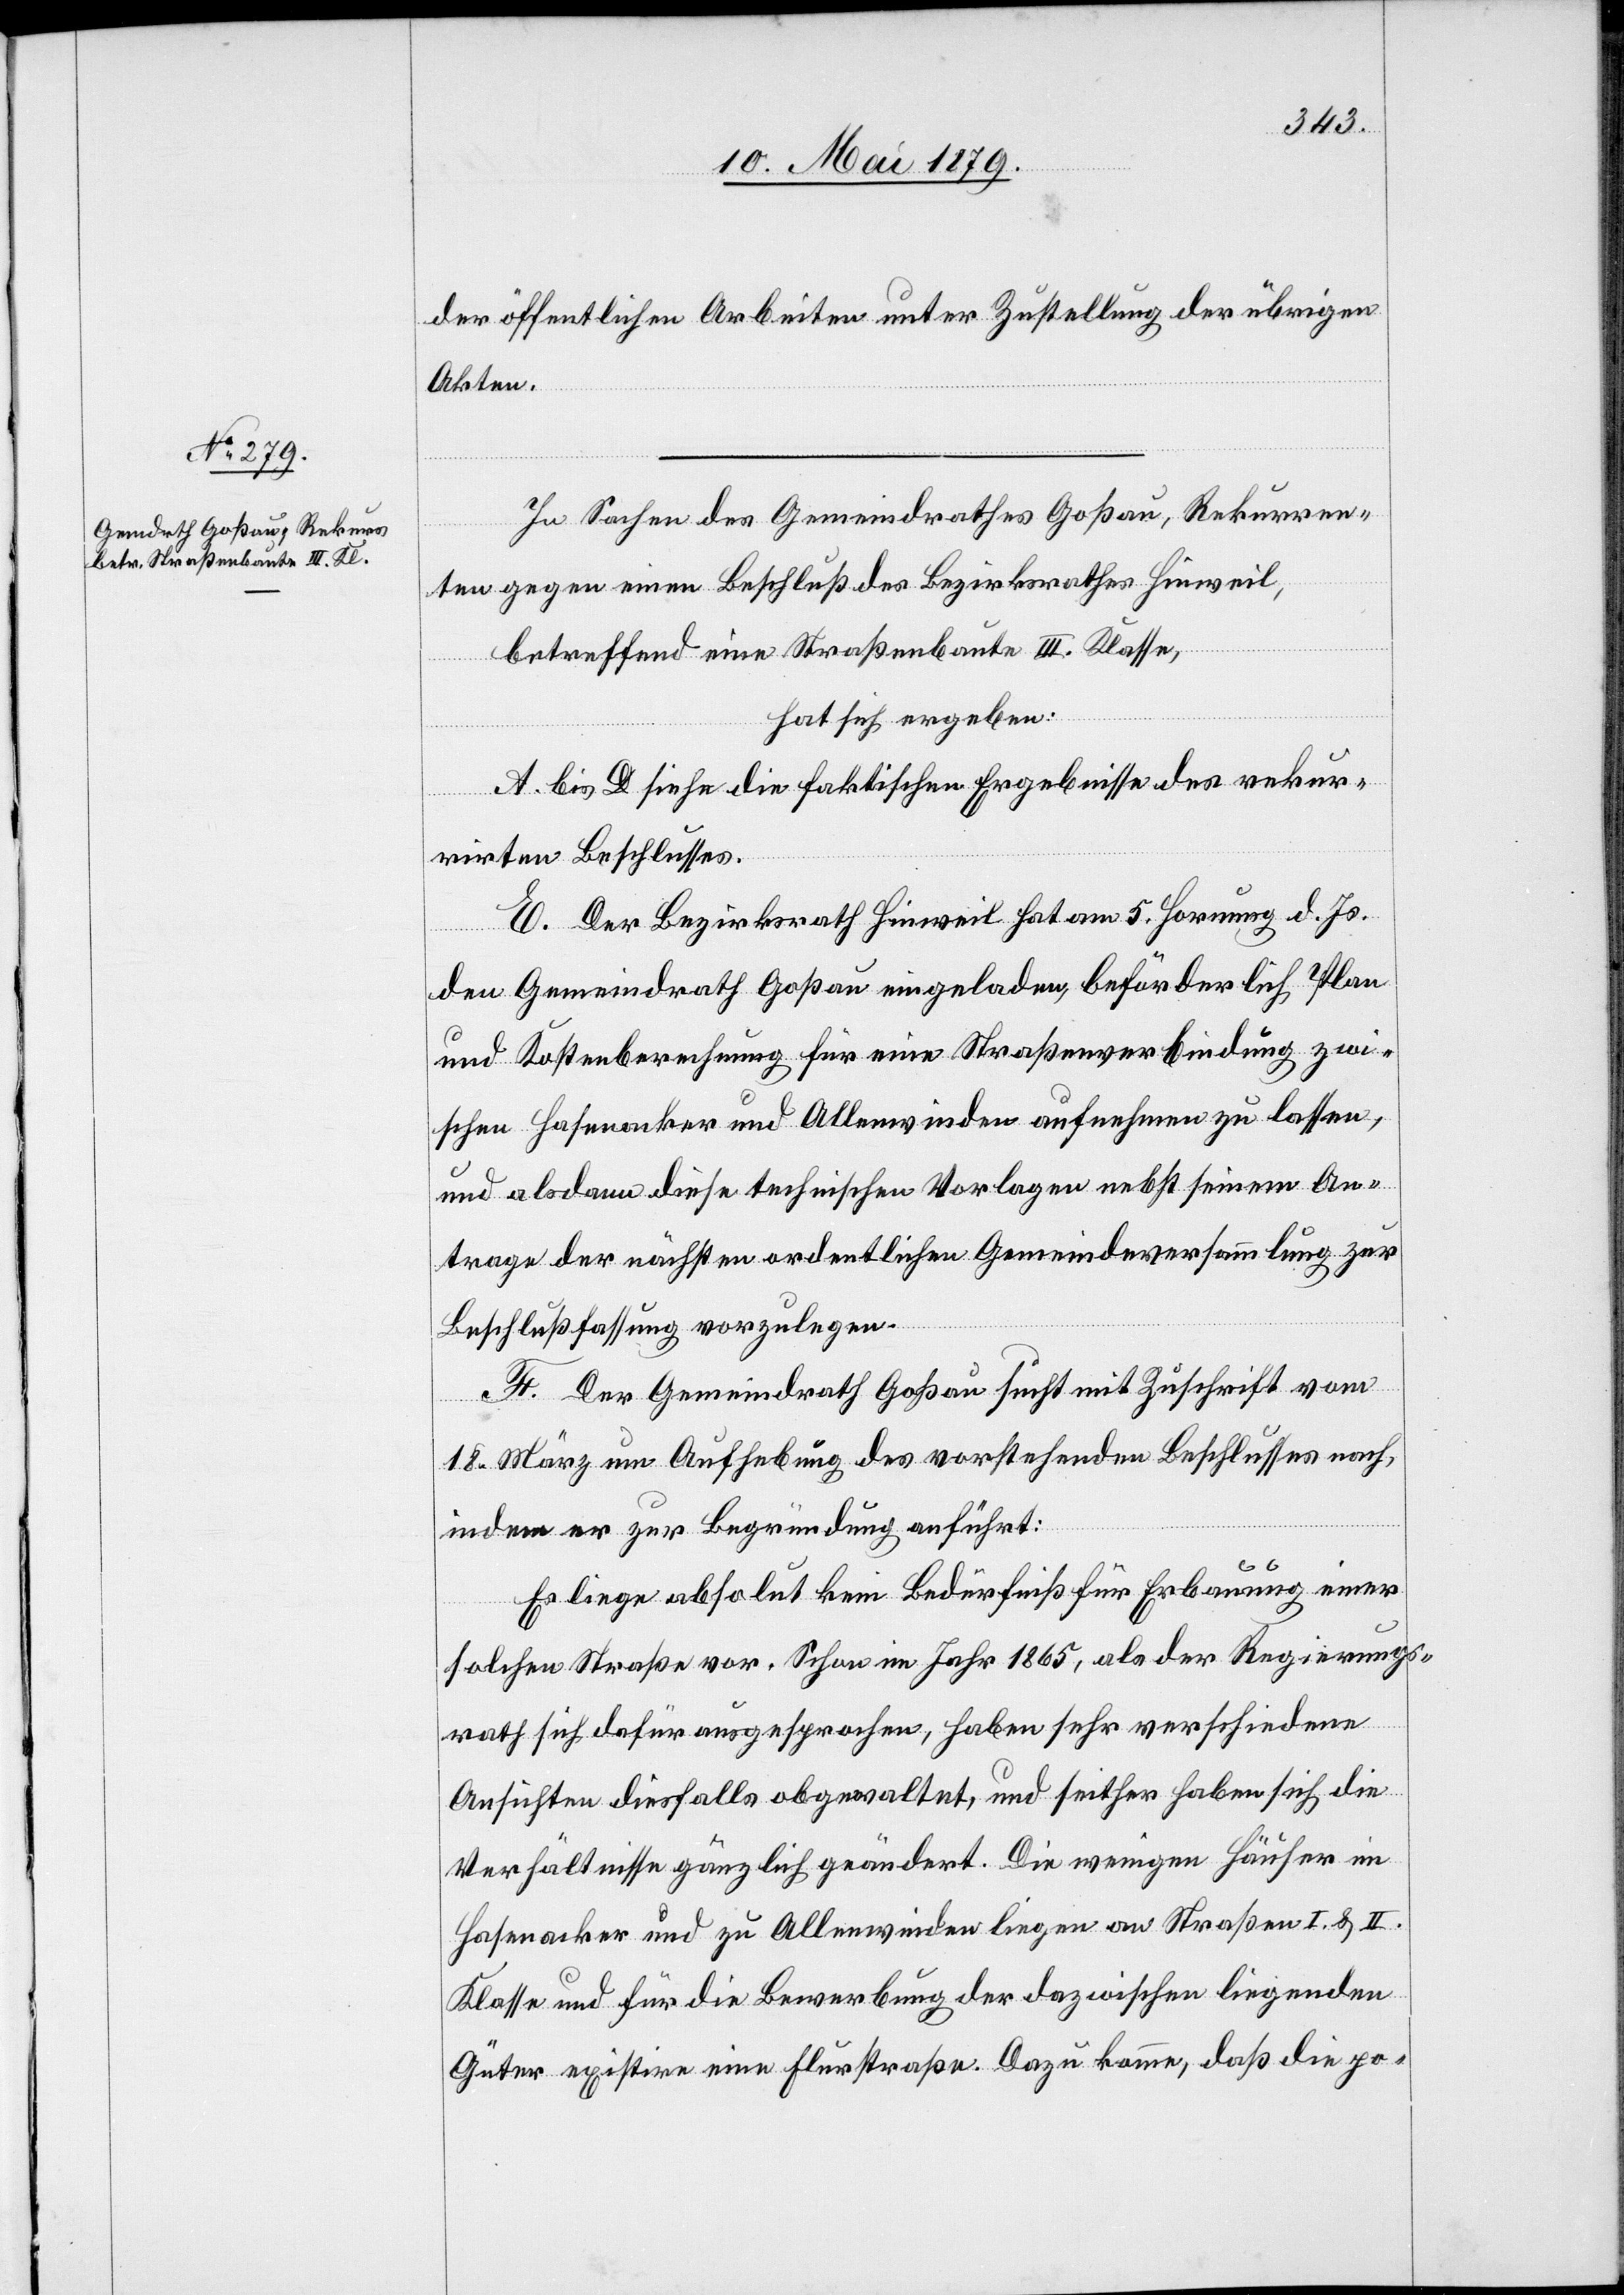
der öffentlichen Arbeiten unter Zustellung der übrigen
Akten.
In Sachen des Gemeindrathes Goßau, Rekurren¬
ten gegen einen Beschluß des Bezirksrathes Hinweil,
betreffend eine Straßenbaute III. Klasse,
hat sich ergeben:
A. bis D. siehe die faktischen Ergebnisse des rekur¬
rirten Beschlusses.
E. Der Bezirksrath Hinweil hat am 5. Hornung d. Js.
den Gemeindrath Goßau eingeladen, beförderlich Plan
und Kostenberechnung für eine Straßenverbindung zwi¬
schen Hafenacker und Allenwinden aufnehmen zu lassen,
und alsdann diese technischen Vorlagen nebst seinem An¬
trage der nächsten ordentlichen Gemeindeversammlung zur
Beschlußfassung vorzulegen.
F. Der Gemeindrath Goßau sucht mit Zuschrift vom
18. März um Aufhebung des vorstehenden Beschlusses nach,
indem er zur Begründung anführt:
Es liege absolut kein Bedürfniß für Erbauung einer
solchen Straße vor. Schon im Jahr 1865, als der Regierungs¬
rath sich dafür ausgesprochen, haben sehr verschiedene
Ansichten diesfalls obgewaltet, und seither haben sich die
Verhältnisse gänzlich geändert. Die wenigen Häuser im
Hasenacker und zu Allenwinden liegen an Straßen I. & II.
Klasse und für die Bewerbung der dazwischen liegenden
Güter existire eine Flurstraße. Dazu komme, daß die po-